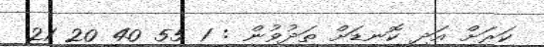
ކަރަށް އަދި ކޮނޑަށް ތަދުވުން : 1 55 40 20 21